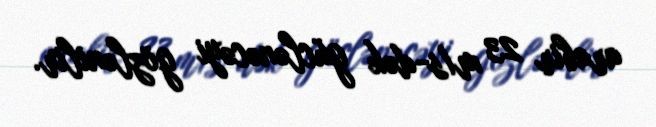
arabir 23 m/s-dək güclənəcəyi gözlənilir.